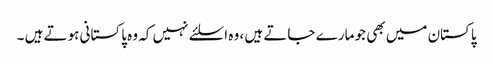
پاکستان میں بھی جو مارے جاتے ہیں ، وہ اسلئے نہیں کہ وہ پاکستانی ہوتے ہیں ۔